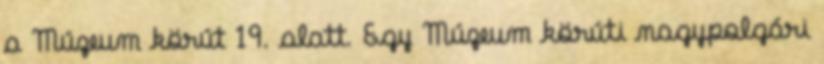
a Múzeum körút 19. alatt. Egy Múzeum körúti nagypolgári